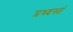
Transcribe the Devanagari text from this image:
प्रध्वस्तं